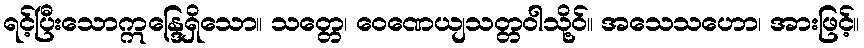
ရင့်ပြီးသောဣန္ဒြေရှိသော။ သတ္တေ၊ ဝေဏေယျသတ္တဝါသို့ဝ်။ အသေသဟော၊ အားဖြင့်။